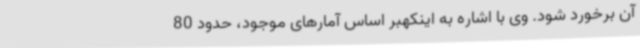
آن برخورد شود. وی با اشاره به اینکهبر اساس آمارهای موجود، حدود 80